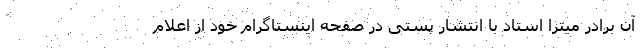
آن برادر میترا استاد با انتشار پستی در صفحه اینستاگرام خود از اعلام